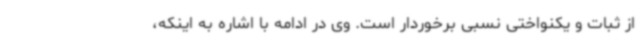
از ثبات و یکنواختی نسبی برخوردار است. وی در ادامه با اشاره به اینکه،